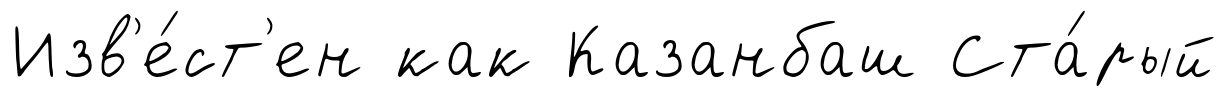
Изв'е́ст'ен как Казанбаш Ста́рый